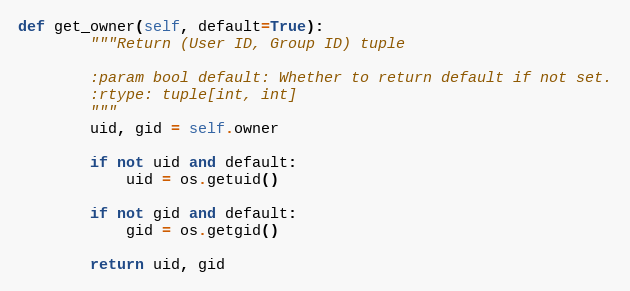
Language: Python
def get_owner(self, default=True):
        """Return (User ID, Group ID) tuple

        :param bool default: Whether to return default if not set.
        :rtype: tuple[int, int]
        """
        uid, gid = self.owner

        if not uid and default:
            uid = os.getuid()

        if not gid and default:
            gid = os.getgid()

        return uid, gid